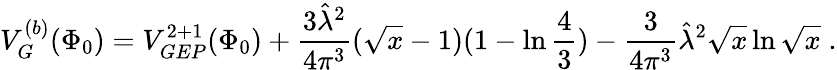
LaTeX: V_{G}^{(b)}(\Phi_{0})=V_{GEP}^{2+1}(\Phi_{0})+\frac{3{\hat{\lambda}}^{2}}{4\pi^{3}}(\sqrt{x}-1)(1-\ln{\frac{4}{3}})-{\frac{3}{4\pi^{3}}}{\hat{\lambda}}^{2}\sqrt{x}\ln\sqrt{x}\; .